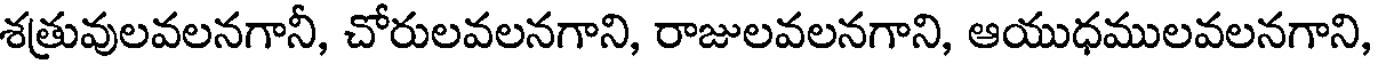
శత్రువులవలనగానీ, చోరులవలనగాని, రాజులవలనగాని, ఆయుధములవలనగాని,